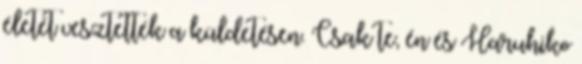
életét vesztették a küldetésen. Csak te, én és Haruhiko